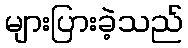
များပြားခဲ့သည်